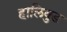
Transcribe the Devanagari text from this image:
हालिवुड